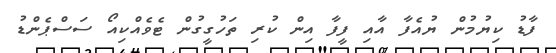
ފާޑު ކިޔުމުން ޔުއެފާ އާއި ފީފާ އިން ކުރި ތަހުގީގުން ޓެވެއްކިއޯ ސަސްޕެންޑު